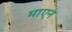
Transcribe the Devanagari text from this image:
माएन